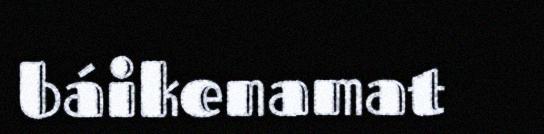
báikenamat